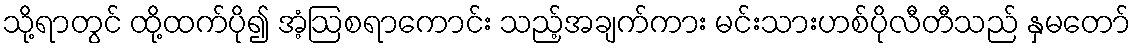
သို့ရာတွင် ထို့ထက်ပို၍ အံ့ဩစရာကောင်း သည့်အချက်ကား မင်းသားဟစ်ပိုလီတီသည် နှမတော်